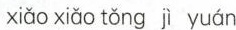
xiǎo xiǎo tǒng jì yuán